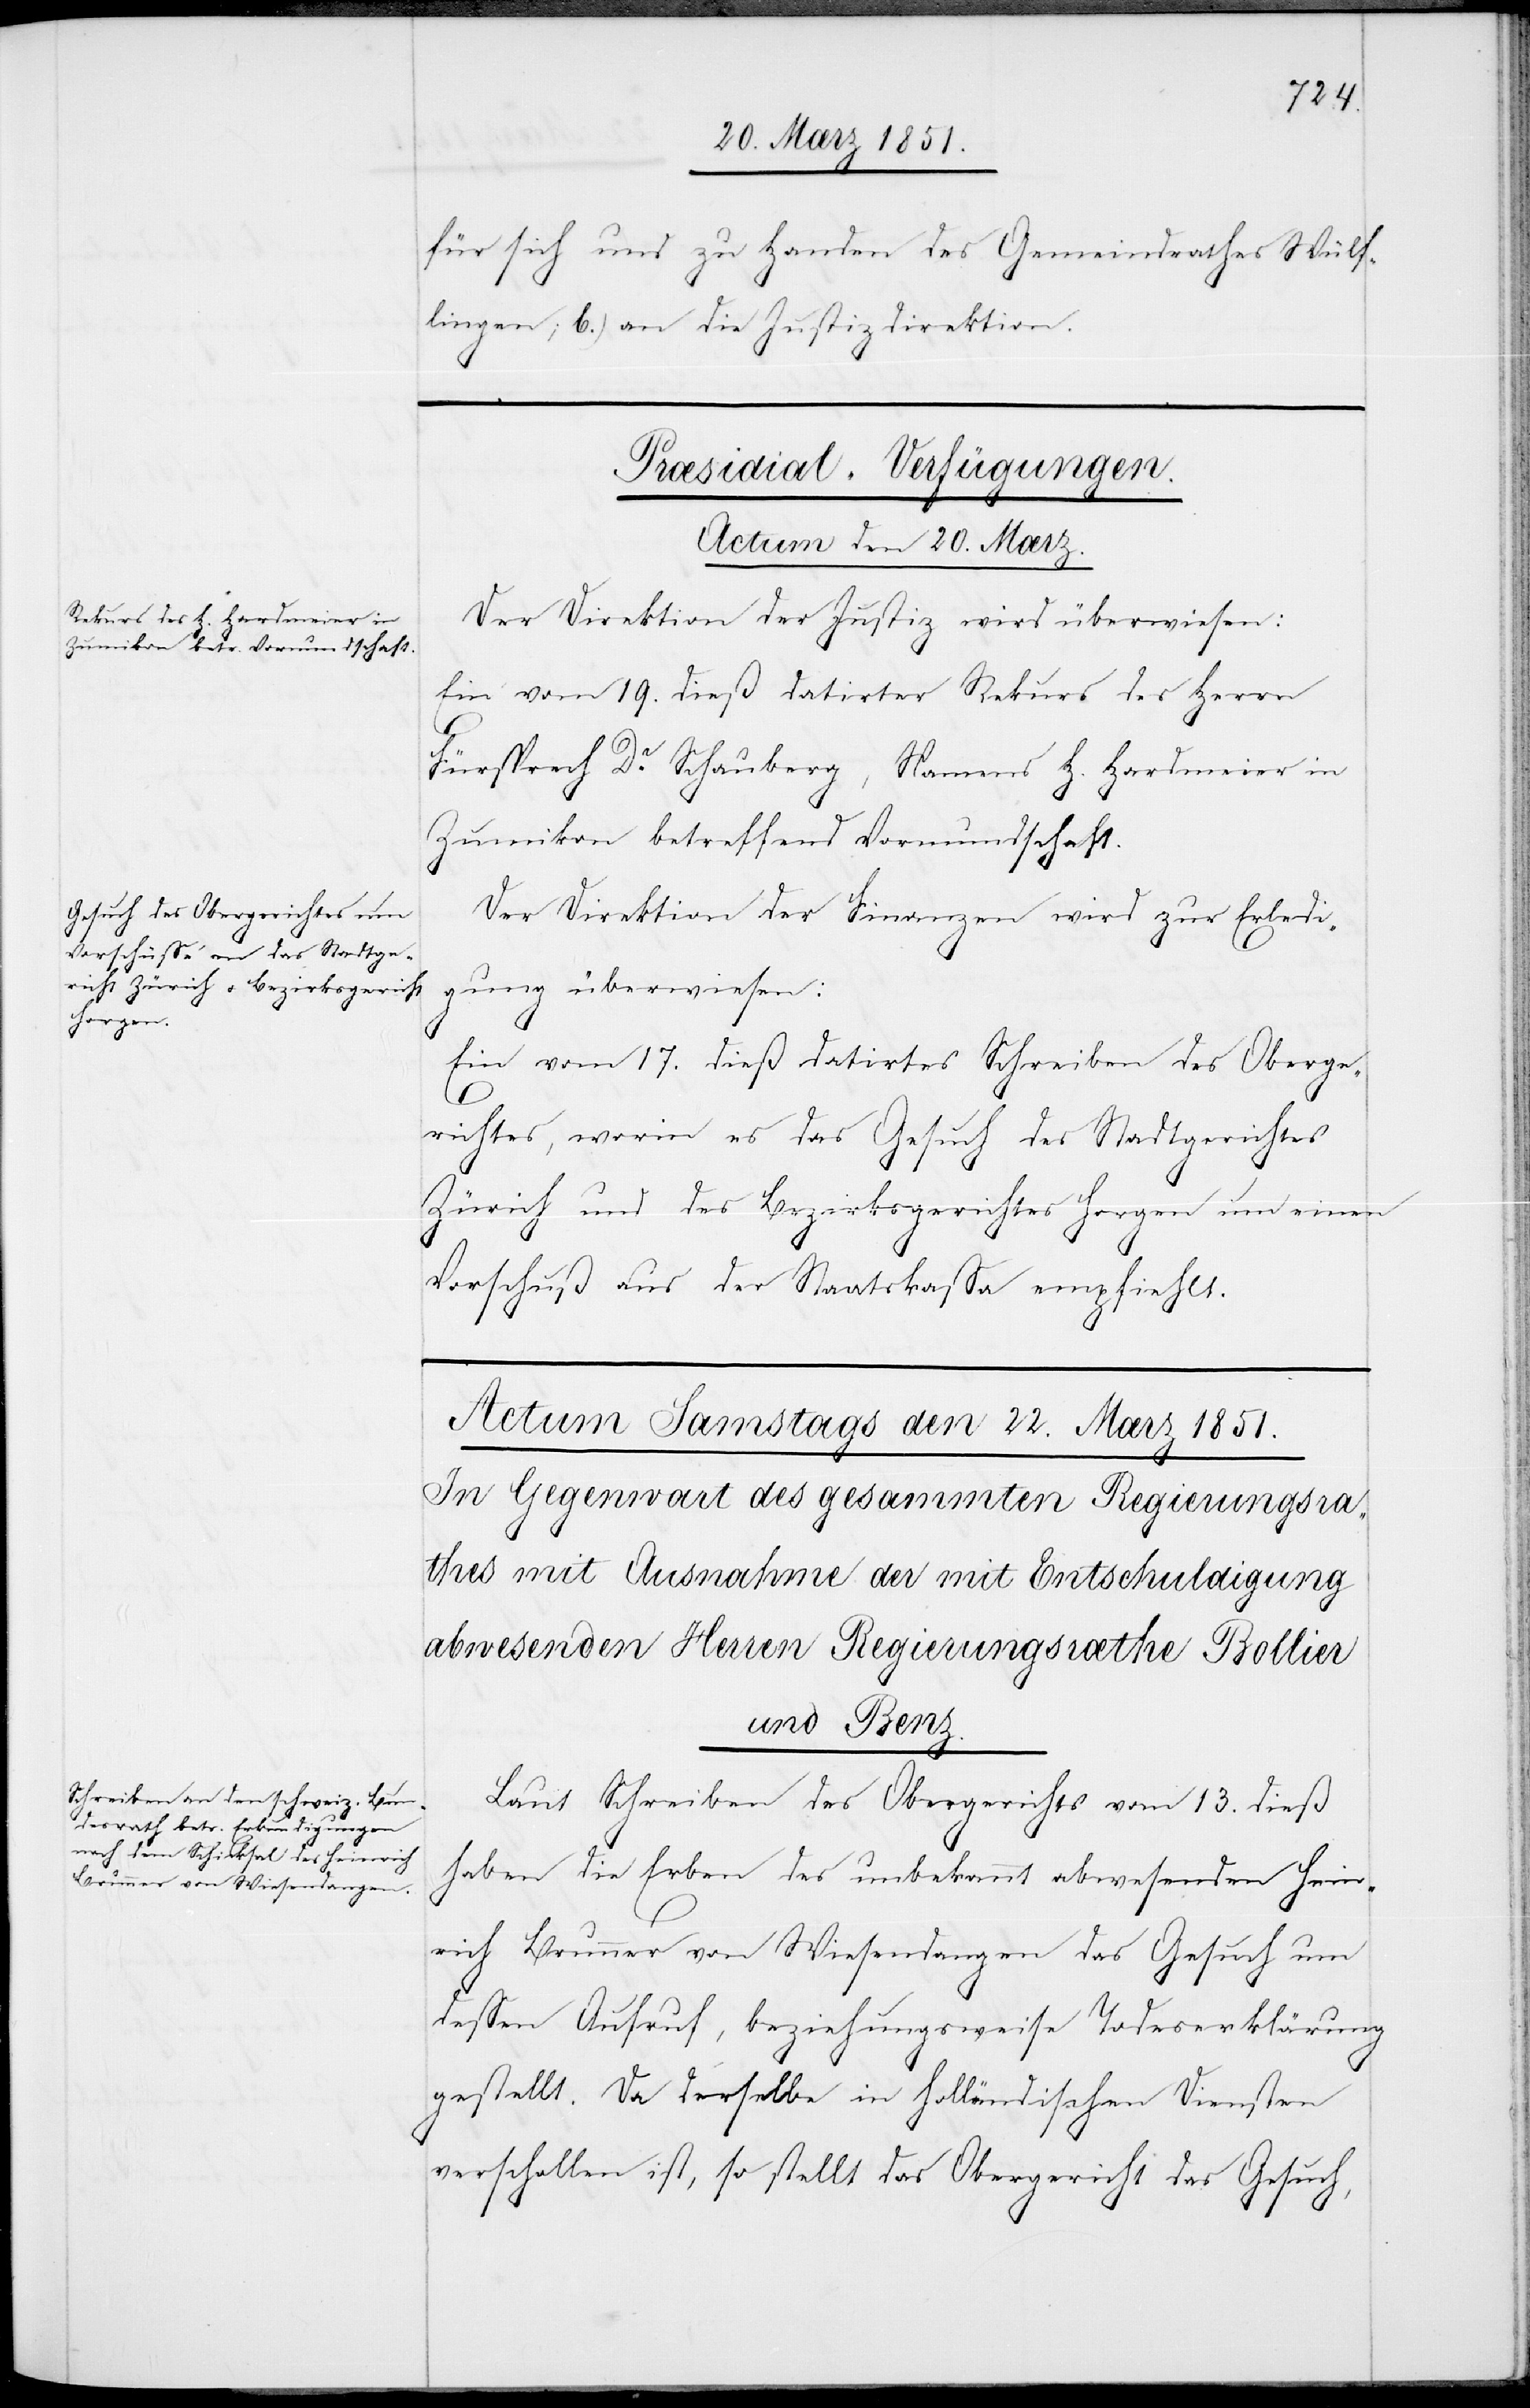
für sich und zu Handen des Gemeindrathes Wülf¬
lingen; b.) an die Justizdirektion.
[Præsidial-Verfügungen.
Actum den 20. Mærz.]
Der Direktion der Justiz wird überwiesen:
Ein vom 19. dieß datirter Rekurs des Herrn
Fürsprech Dr. Schauberg, Namens H. Hardmeier in
Zumikon betreffend Vormundschaft.
Der Direktion der Finanzen wird zur Erledi¬
gung überwiesen:
Ein vom 17. dieß datirtes Schreiben des Oberge¬
richtes, worin es das Gesuch des Stadtgerichtes
Zürich und des Bezirksgerichtes Horgen um einen
Vorschuß aus der Staatskassa empfiehlt.
Laut Schreiben des Obergerichts vom 13. dieß
haben die Erben des unbekannt abwesenden Hein¬
rich Brunner von Wiesendangen das Gesuch um
dessen Aufruf, beziehungsweise Todeserklärung
gestellt. Da derselbe in holländischen Diensten
verschollen ist, so stellt das Obergericht das Gesuch,